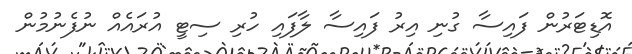
އޮޑިޓަރުން ފައިސާ ގުނި އިރު ފައިސާ ލާފައި ހުރި ސިޓީ އުރައެއް ނުފެނުމުން